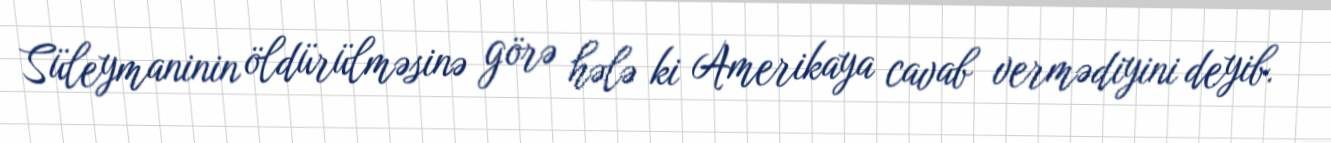
Süleymaninin öldürülməsinə görə hələ ki Amerikaya cavab vermədiyini deyib.